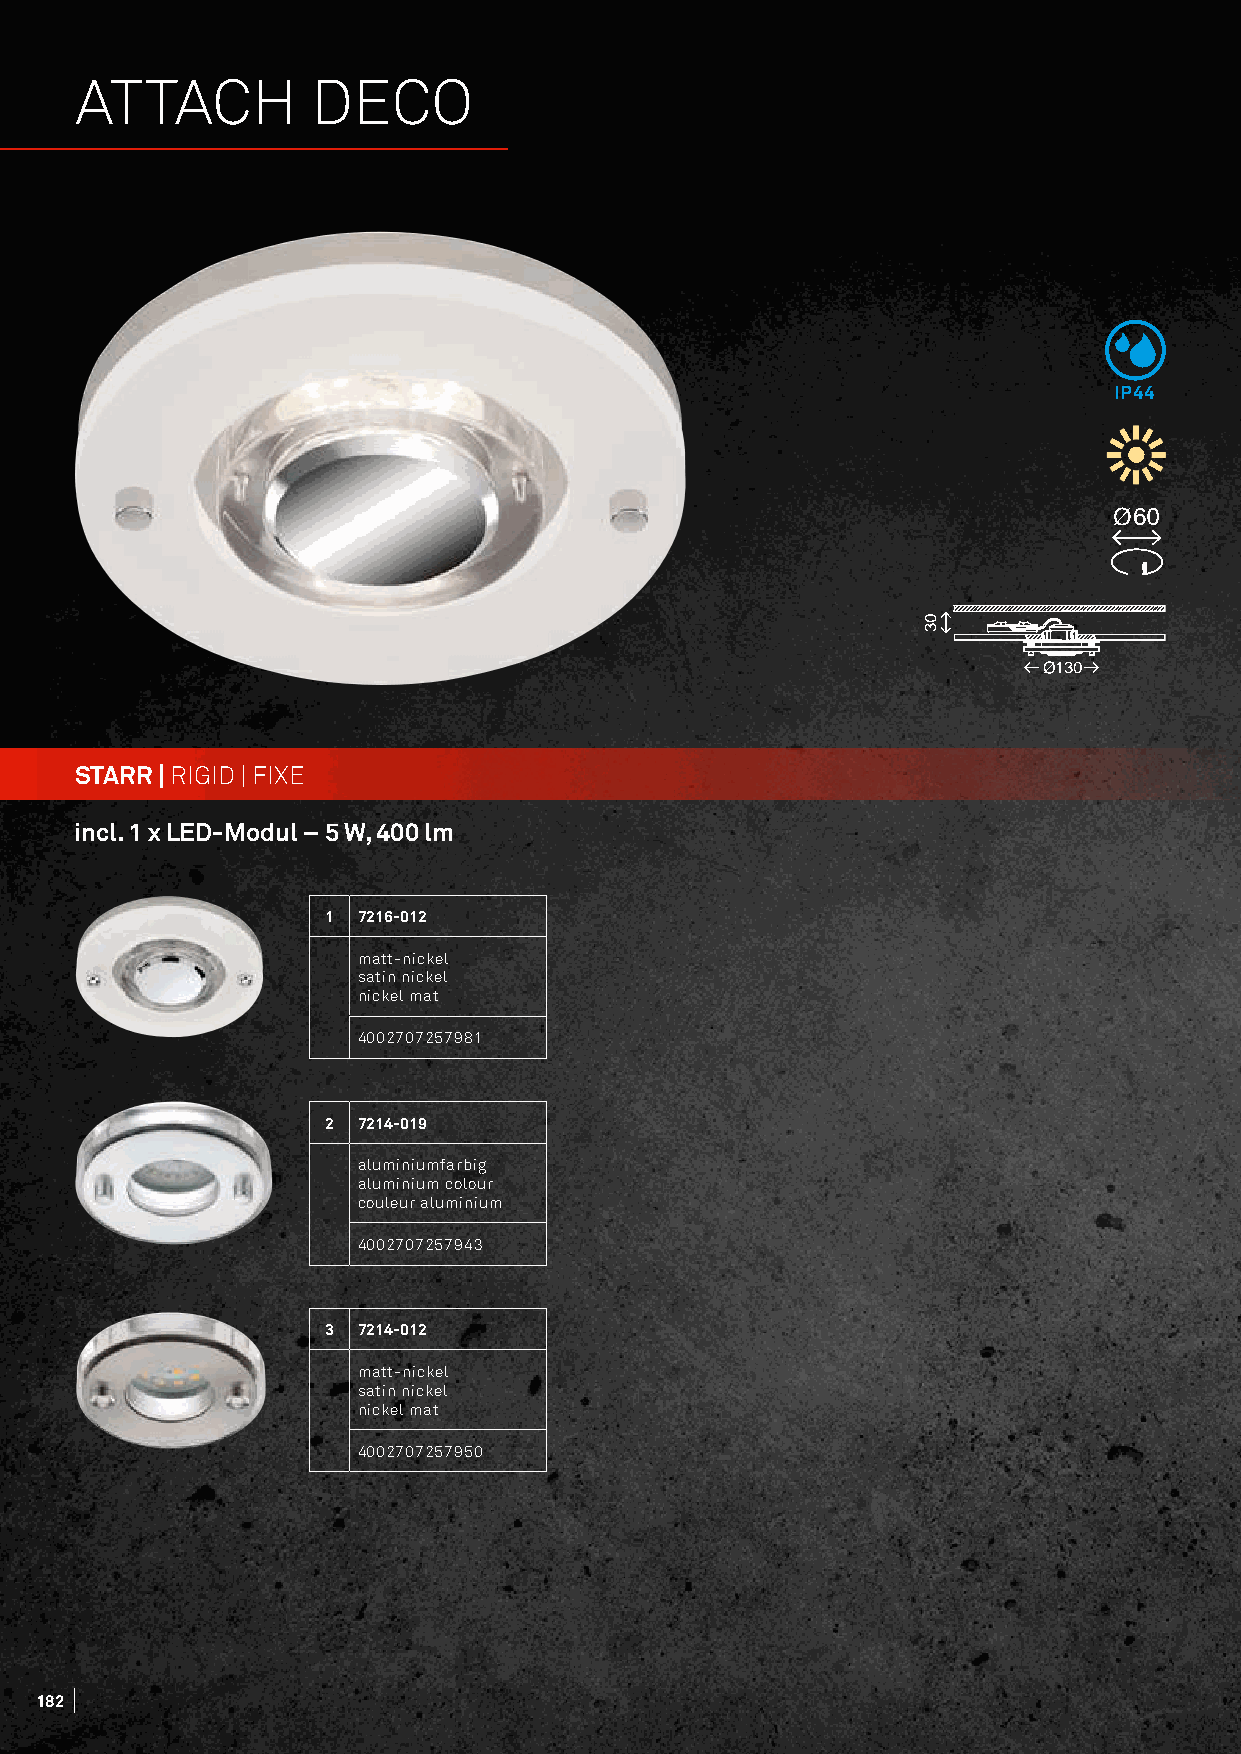
ATTACH          DECO
 IP44
 STARR | RIGID | FIXE
 incl. 1 x LED-Modul – 5 W, 400 lm
 1 7216-012
 matt-nickel
 satin nickel
 nickel mat
 4002707257981
 2 7214-019
 aluminiumfarbig
 aluminium colour
 couleur aluminium
 4002707257943
 3 7214-012
 matt-nickel
 satin nickel
 nickel mat
 4002707257950
 182